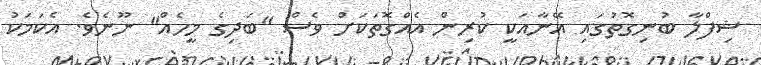
ޝިފްލާ ބުނިގޮތުގައި އޭނާއަކީ ކުރިން އެއްގޮތަކަށް ވެސް "ބަދިގެ މީހެއް" ނޫނެވެ. އެކަމަކު